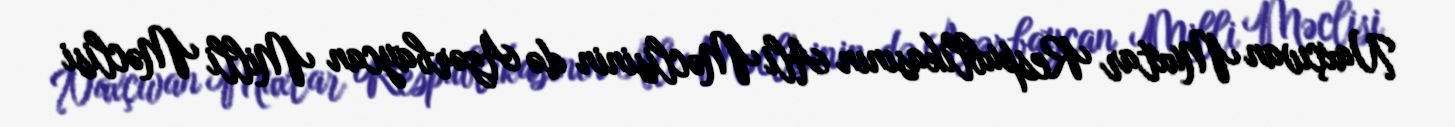
Naxçıvan Muxtar Respublikasının Ali Məclisinin də Azərbaycan Milli Məclisi